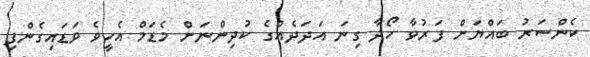
ކެންސަރު ބައްޔަށް ފަރުވާ ހޯދާ ގިނަ އަދަދެއްގެ ކުދިންނަށް މެޑަމް އެހީވެ ވަޑައިގެންފި